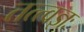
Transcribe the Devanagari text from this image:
तत्त्वज्ञः